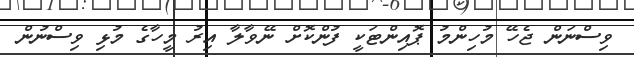
ވިސްނަން ޖެހޭ މުހިންމު ޕޮއިންޓަކީ ފުންކޮށް ނޭވާލާ އިރު މީހާގެ މުޅި ވިސްނުން